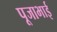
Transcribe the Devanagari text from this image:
पूजाभाई